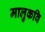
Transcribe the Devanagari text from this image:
मालुकवि